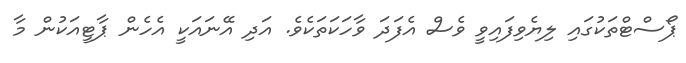
ޕޯސްޓްތަކުގައި ލިޔެވިފައިވީ ވެސް އެފަދަ ވާހަކަތަކެވެ. އަދި އޭނައަކީ އެހެން ޕާޓީއަކުން މާ